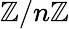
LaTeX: \mathbb{Z}/n\mathbb{Z}